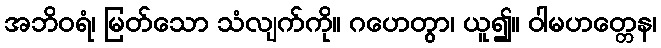
အဘိဝရံ၊ မြတ်သော သံလျက်ကို။ ဂဟေတွာ၊ ယူ၍။ ဝါမဟတ္တေန၊